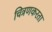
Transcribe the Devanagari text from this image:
चित्रणकरता